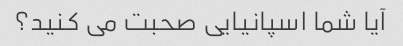
آیا شما اسپانیایی صحبت می کنید؟